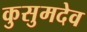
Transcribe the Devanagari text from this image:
कुसुमदेव